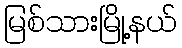
မြစ်သားမြို့နယ်